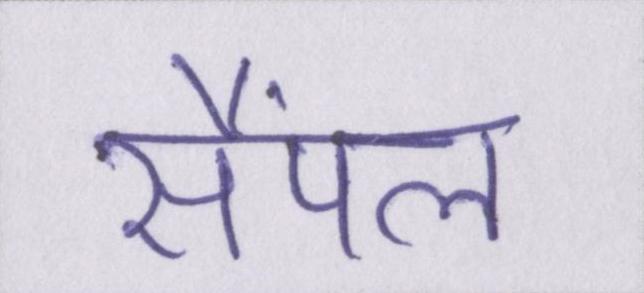
सैंपल